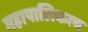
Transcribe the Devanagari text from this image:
महापालिकाच